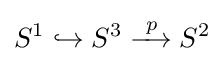
S^{1}\hookrightarrow S^{3}\xrightarrow {\ p\,} S^{2}